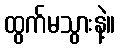
ထွက်မသွားနဲ့။